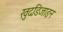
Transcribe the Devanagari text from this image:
खुदडिजाइन